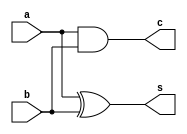
module half_adder(a,b,s,c);
  input a,b;
  output reg s,c;
  always@(a or b)
  begin
    s = a ^ b;
    c = a & b;
  end
endmodule